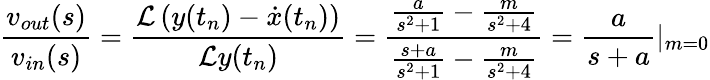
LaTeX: \frac{v_{out}(s)}{v_{in}(s)}=\frac{\mathcal{L}\left(y(t_{n})-\dot{x}(t_{n})\right)}{\mathcal{L}y(t_{n})}=\frac{\frac{a}{s^{2}+1}-\frac{m}{s^{2}+4}}{\frac{s+a}{s^{2}+1}-\frac{m}{s^{2}+4}}=\frac{a}{s+a}|_{m=0}